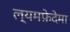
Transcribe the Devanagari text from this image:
ल्यमफ़ेदेमा